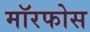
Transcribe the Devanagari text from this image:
मॉरफोस